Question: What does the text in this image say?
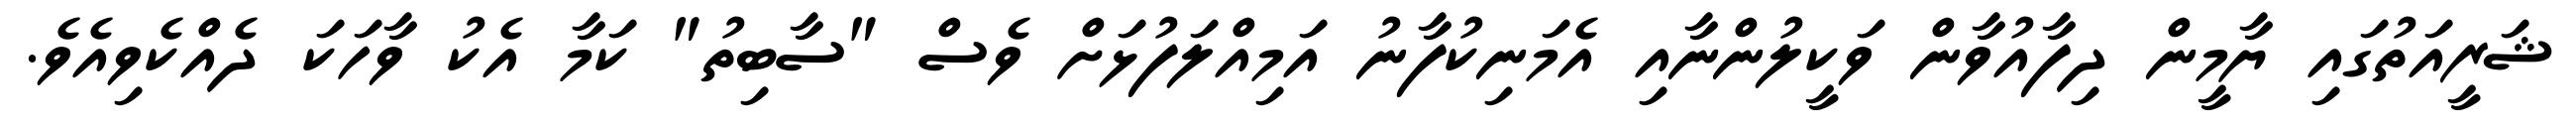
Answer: ޝަރީއަތުގައި ޔާމީން ދިފާއުވާން ވަކީލުންނާއި އެމަނިކުފާނު އަމިއްލަފުޅަށް ވެސް "ސާބިތު" ކަމާ އެކު ވާހަކަ ދެއްކެވިއެވެ.